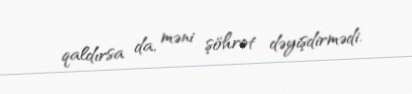
qaldırsa da, məni şöhrət dəyişdirmədi.